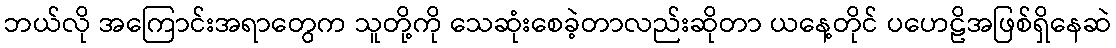
ဘယ်လို အကြောင်းအရာတွေက သူတို့ကို သေဆုံးစေခဲ့တာလည်းဆိုတာ ယနေ့တိုင် ပဟေဠိအဖြစ်ရှိနေဆဲ